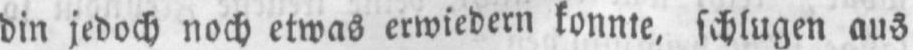
din jedoch noch etwas erwiedern konnte, schlugen aus